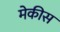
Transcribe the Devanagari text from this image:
मेकीस